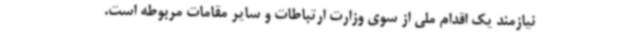
نیازمند یک اقدام ملی از سوی وزارت ارتباطات و سایر مقامات مربوطه است.